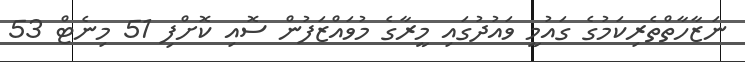
ނަޒާހާތްތެރިކަމުގެ ގައުމީ ވައުދުގައި މީރާގެ މުވައްޒަފުން ސޮއި ކޮށްފި 51 މިނެޓް 53